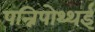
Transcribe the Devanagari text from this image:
पन्निपोथ्थई